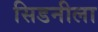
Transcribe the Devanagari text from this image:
सिडनीला